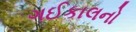
ગઈકાલનો